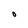
Character: O